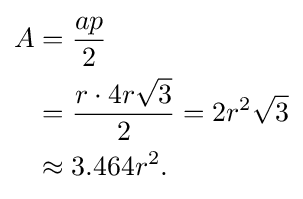
{\begin{aligned}A&={\frac {ap}{2}}\\&={\frac {r\cdot 4r{\sqrt {3}}}{2}}=2r^{2}{\sqrt {3}}\\&\approx 3.464r^{2}.\end{aligned}}